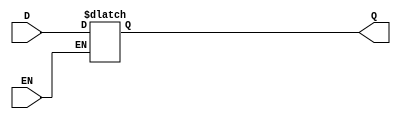
`timescale 1ns / 1ps
//////////////////////////////////////////////////////////////////////////////////
// Company: 
// Engineer: 
// 
// Design Name: 
// Module Name: DLatch
// Project Name: 
// Target Devices: 
// Tool Versions: 
// Description: 
// 
// Dependencies: 
// 
// Revision:
// Revision 0.01 - File Created
// Additional Comments:
// 
//////////////////////////////////////////////////////////////////////////////////


module DLatch(D,EN,Q);
input D,EN;
output reg Q;

always@(D,EN)
begin
if(EN)
Q=D;
end
endmodule